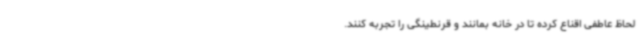
لحاظ عاطفی اقناع کرده تا در خانه بمانند و قرنطینگی را تجربه کنند.